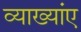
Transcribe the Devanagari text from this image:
व्याख्यांए